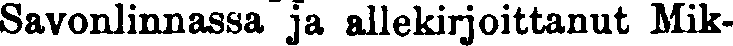
Savonlinnassa ja allekirjoittanut Mik-